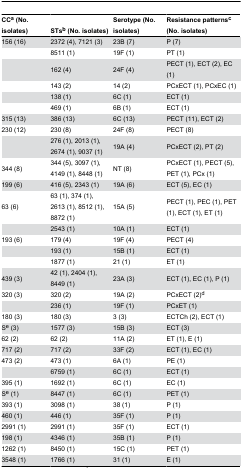
<table><thead><tr><td><b>CC<sup>a</sup> (No. isolates)</b></td><td><b>STs<sup>b</sup> (No. isolates)</b></td><td><b>Serotype (No. isolates)</b></td><td><b>Resistance patterns<sup>c</sup> (No. isolates)</b></td></tr></thead><tbody><tr><td>156 (16)</td><td>2372 (4), 7121 (3)</td><td>23B (7)</td><td>P (7)</td></tr><tr><td></td><td>8511 (1)</td><td>19F (1)</td><td>PT (1) </td></tr><tr><td></td><td>162 (4)</td><td>24F (4)</td><td>PECT (1), ECT (2), EC (1)</td></tr><tr><td></td><td>143 (2)</td><td>14 (2)</td><td>PCxECT (1), PCxEC (1) </td></tr><tr><td></td><td>138 (1)</td><td>6C (1)</td><td>ECT (1)</td></tr><tr><td></td><td>469 (1)</td><td>6B (1)</td><td>ECT (1)</td></tr><tr><td>315 (13)</td><td>386 (13)</td><td>6C (13)</td><td>PECT (11), ECT (2)</td></tr><tr><td>230 (12)</td><td>230 (8)</td><td>24F (8)</td><td>PECT (8)</td></tr><tr><td></td><td>276 (1), 2013 (1), 2674 (1), 9037 (1)</td><td>19A (4)</td><td>PCxECT (2), PT (2)</td></tr><tr><td>344 (8)</td><td>344 (5), 3097 (1), 4149 (1), 8448 (1)</td><td>NT (8)</td><td>PCxECT (1), PECT (5), PET (1), PCx (1)</td></tr><tr><td>199 (6)</td><td>416 (5), 2343 (1)</td><td>19A (6)</td><td>ECT (5), EC (1)</td></tr><tr><td>63 (6)</td><td>63 (1), 374 (1), 2613 (1), 8512 (1), 8872 (1)</td><td>15A (5)</td><td>PECT (1), PEC (1), PET (1), ECT (1), ET (1)</td></tr><tr><td></td><td>2543 (1)</td><td>10A (1)</td><td>ECT (1)</td></tr><tr><td>193 (6)</td><td>179 (4)</td><td>19F (4)</td><td>PECT (4)</td></tr><tr><td></td><td>193 (1)</td><td>15B (1)</td><td>ECT (1)</td></tr><tr><td></td><td>1877 (1)</td><td>21 (1)</td><td>ET (1)</td></tr><tr><td>439 (3)</td><td>42 (1), 2404 (1), 8449 (1)</td><td>23A (3)</td><td>ECT (1), EC (1), P (1)</td></tr><tr><td>320 (3)</td><td>320 (2)</td><td>19A (2)</td><td>PCxECT (2)<sup>d</sup></td></tr><tr><td></td><td>236 (1)</td><td>19F (1)</td><td>PCxET (1) </td></tr><tr><td>180 (3)</td><td>180 (3)</td><td>3 (3)</td><td>ECTCh (2), ECT (1)</td></tr><tr><td>S<sup>e</sup> (3)</td><td>1577 (3)</td><td>15B (3)</td><td>ECT (3)</td></tr><tr><td>62 (2)</td><td>62 (2)</td><td>11A (2)</td><td>ET (1), E (1)</td></tr><tr><td>717 (2)</td><td>717 (2)</td><td>33F (2)</td><td>ECT (1), EC (1)</td></tr><tr><td>473 (2)</td><td>473 (1)</td><td>6A (1)</td><td>PE (1)</td></tr><tr><td></td><td>6759 (1)</td><td>6C (1)</td><td>ECT (1)</td></tr><tr><td>395 (1)</td><td>1692 (1)</td><td>6C (1)</td><td>EC (1)</td></tr><tr><td>S<sup>e</sup> (1)</td><td>8447 (1)</td><td>6C (1)</td><td>PET (1)</td></tr><tr><td>393 (1)</td><td>3098 (1)</td><td>38 (1)</td><td>P (1)</td></tr><tr><td>460 (1)</td><td>446 (1)</td><td>35F (1)</td><td>P (1)</td></tr><tr><td>2991 (1)</td><td>2991 (1)</td><td>35F (1)</td><td>ECT (1)</td></tr><tr><td>198 (1)</td><td>4346 (1)</td><td>35B (1)</td><td>P (1)</td></tr><tr><td>1262 (1)</td><td>8450 (1)</td><td>15C (1)</td><td>PET (1)</td></tr><tr><td>3548 (1)</td><td>1766 (1)</td><td>31 (1)</td><td>E (1)</td></tr></tbody></table>